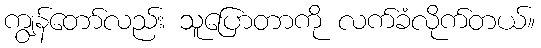
ကျွန်တော်လည်း သူပြောတာကို လက်ခံလိုက်တယ်။